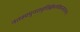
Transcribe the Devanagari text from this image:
नतस्यपुनरावृत्तिर्ब्रह्मलोकात्सनातनात्